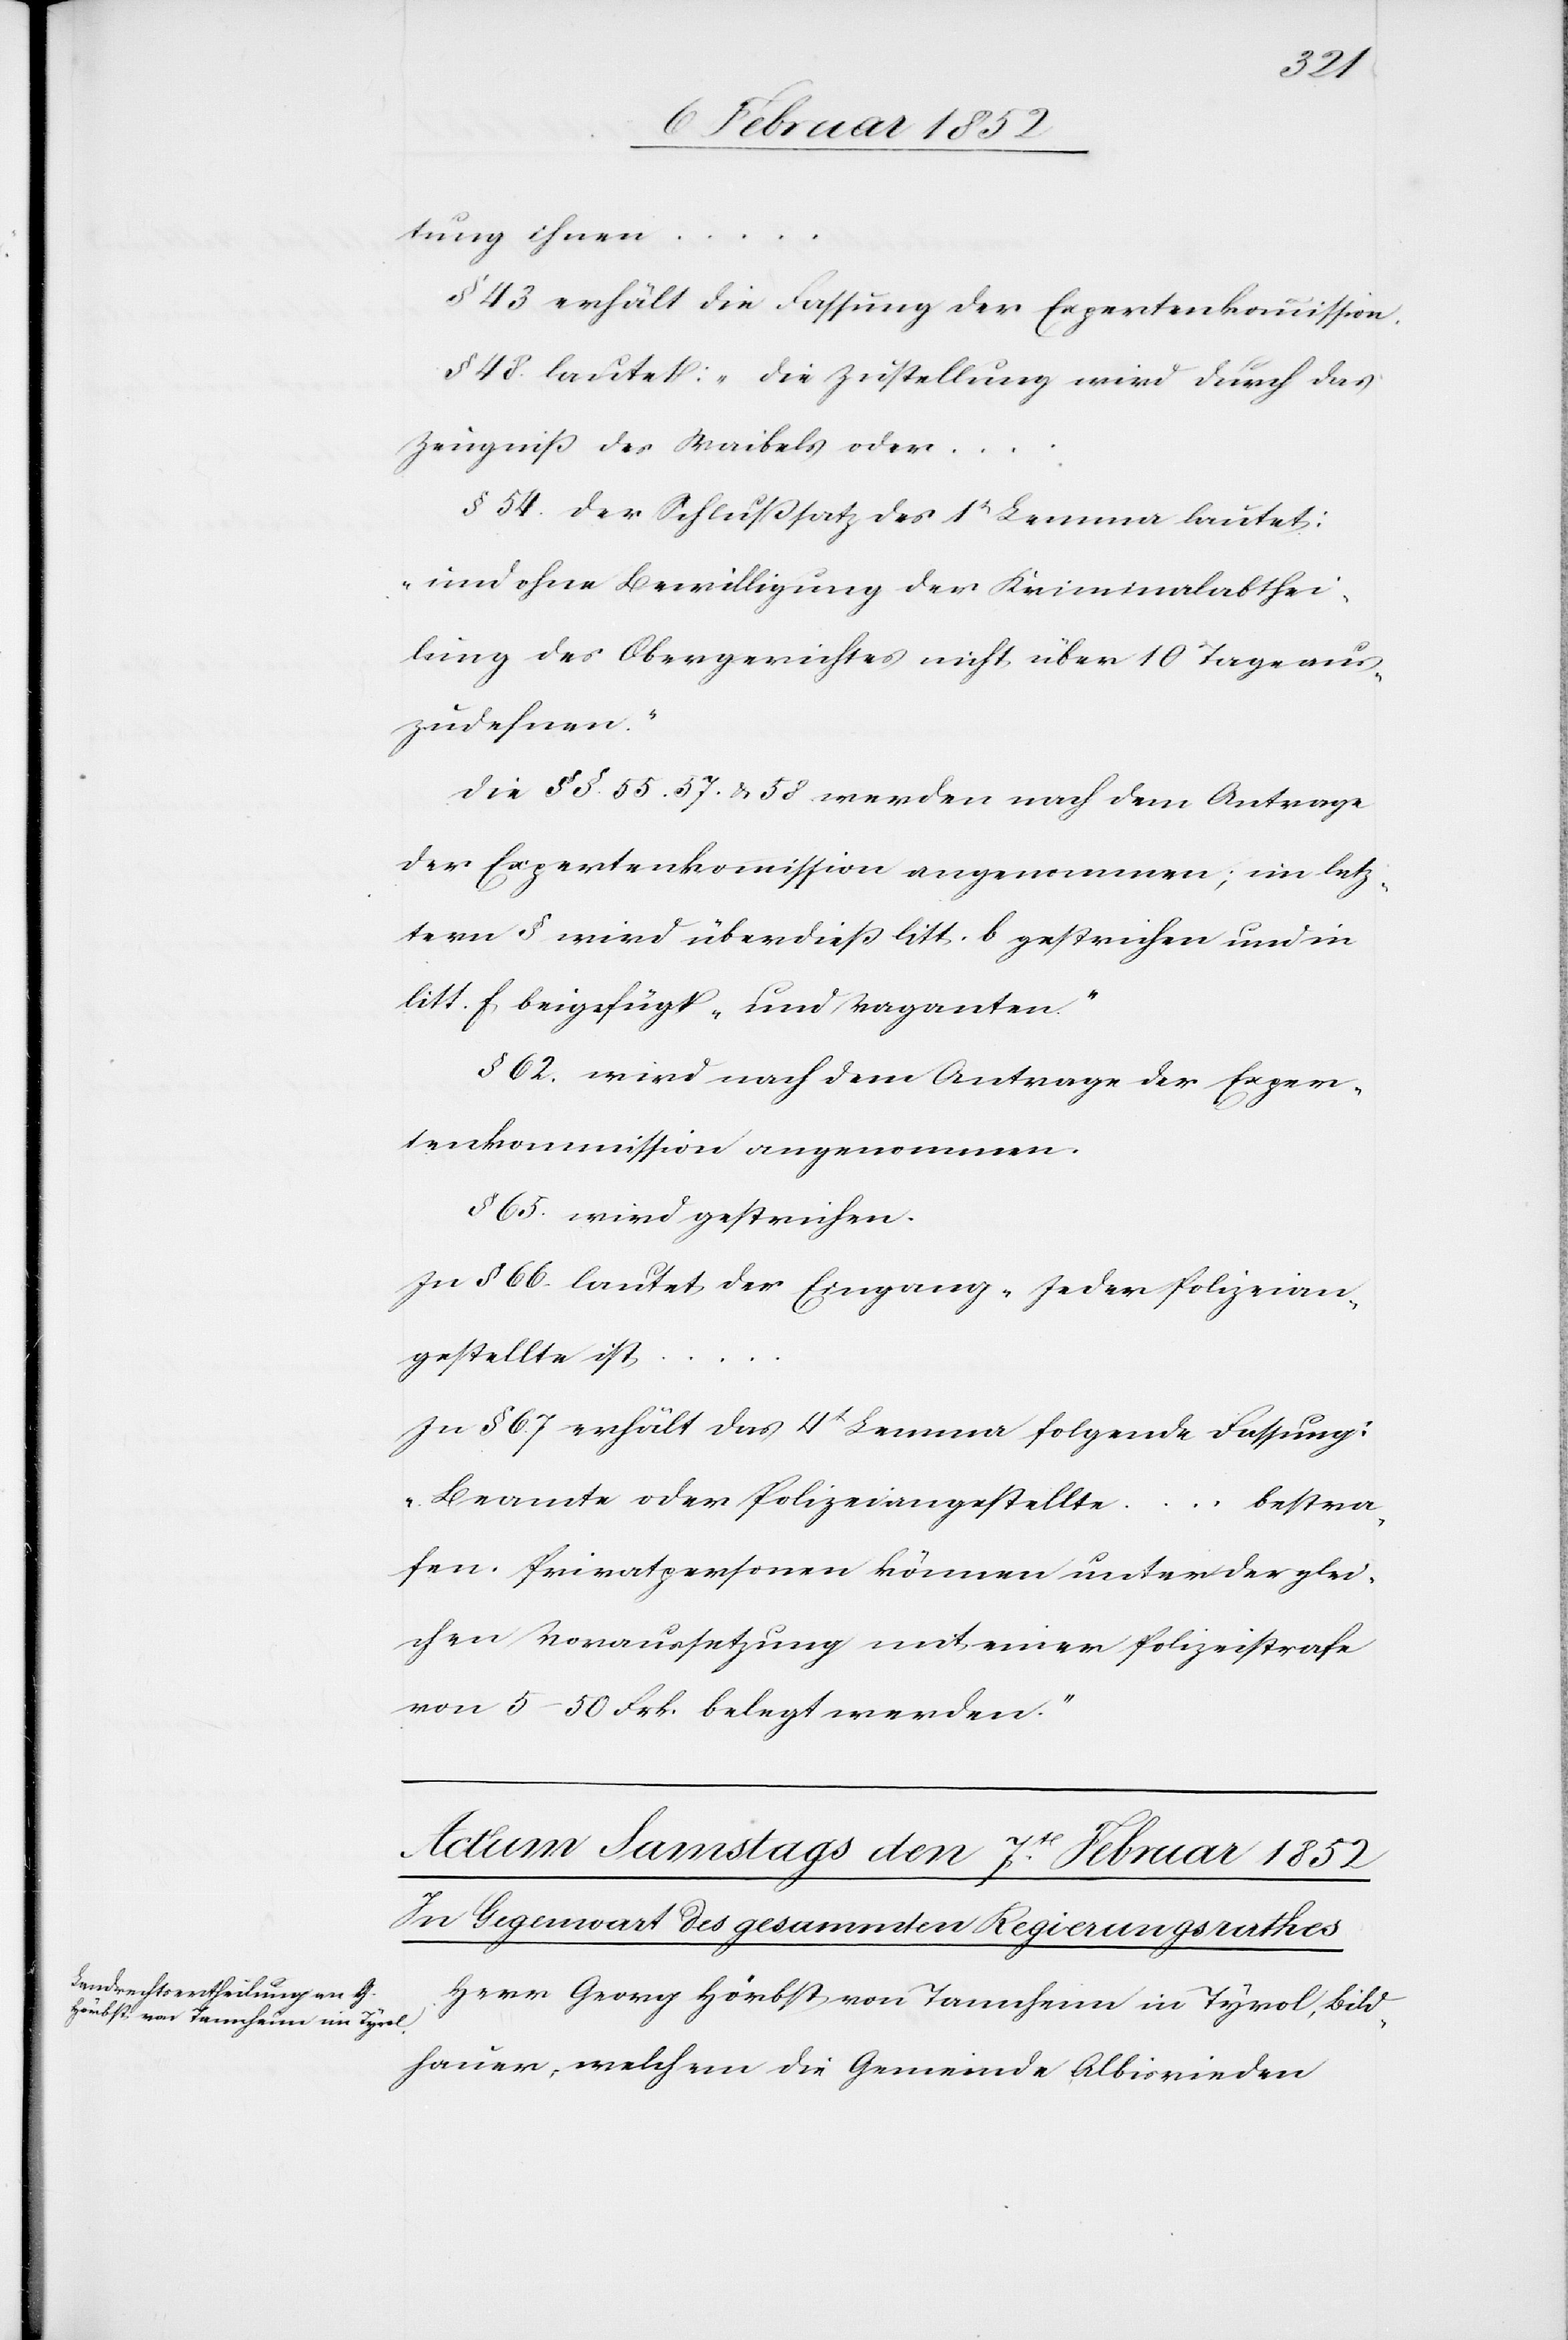
tung ihnen
§ 43 erhält die Fassung der Expertenkommission.
§ 48 lautet: „die Zustellung wird durch das
Zeugniß des Waibels oder
§ 54. Der Schlußsatz des 1t Lemma lautet:
„und ohne Bewilligung der Kriminalabthei¬
lung des Obergerichtes nicht über 10 Tage aus¬
zudehnen.“
Die §§. 55. 57. u. 58. werden nach dem Antrage
der Expertenkommission angenommen; im letz¬
tern § wird überdieß litt. b. gestrichen und in
litt. f. beigefügt „und Vaganten.“
§ 62 wird nach dem Antrage der Exper¬
tenkommission angenommen.
§ 65 wird gestrichen.
In § 66 lautet der Eingang „Jeder Polizeian¬
gestellte ist
In § 67 erhält das 4t Lemma folgende Fassung:
„Beamte oder Polizeiangestellte
... bestra¬
fen. Privatpersonen können unter der glei¬
chen Voraussetzung mit einer Polizeistrafe
von 5–50 Frk. belegt werden.“
Herr Georg Hörbst von Tannheim in Tyrol, Bild¬
hauer, welchem die Gemeinde Albisrieden